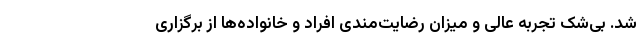
شد. بی‌شک تجربه عالی و میزان رضایت‌مندی افراد و خانواده‌ها از برگزاری